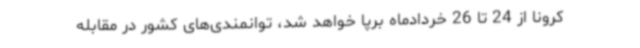
کرونا از 24 تا 26 خردادماه برپا خواهد شد، توانمندی‌های کشور در مقابله